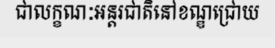
ជាលក្ខណៈអន្តរជាតិនៅខណ្ឌជ្រោយ